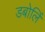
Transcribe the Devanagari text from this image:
डबोलिं